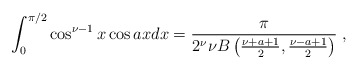
\begin{align*} \int_0^{\pi/2}\cos^{\nu -1}x \cos ax dx={\pi \over 2^\nu \nu B\left ({\nu+a+1 \over 2}, {\nu-a+1 \over 2}\right )}\;,\end{align*}